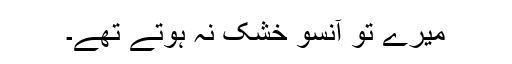
میرے تو آنسو خشک نہ ہوتے تھے۔